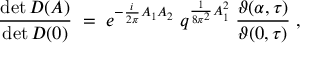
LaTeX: \frac { \operatorname * { d e t } D ( A ) } { \operatorname * { d e t } D ( 0 ) } \; = \; e ^ { - \frac { i } { 2 \pi } A _ { 1 } A _ { 2 } } \; q ^ { \frac { 1 } { 8 \pi ^ { 2 } } A _ { 1 } ^ { 2 } } \; \frac { \vartheta ( \alpha , \tau ) } { \vartheta ( 0 , \tau ) } \; ,